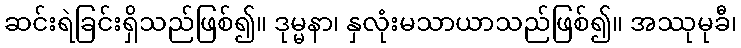
ဆင်းရဲခြင်းရှိသည်ဖြစ်၍။ ဒုမ္မနာ၊ နှလုံးမသာယာသည်ဖြစ်၍။ အဿုမုခီ၊